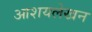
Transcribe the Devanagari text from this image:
आशयलेखन